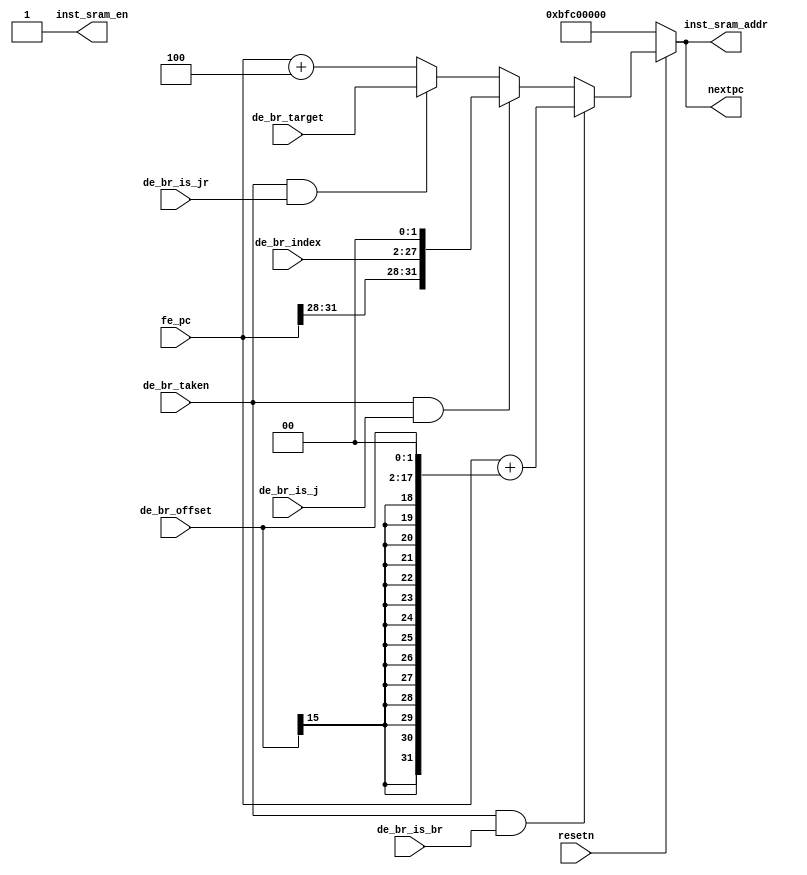
/*------------------------------------------------------------------------------
--------------------------------------------------------------------------------
Copyright (c) 2016, Loongson Technology Corporation Limited.

All rights reserved.

Redistribution and use in source and binary forms, with or without modification,
are permitted provided that the following conditions are met:

1. Redistributions of source code must retain the above copyright notice, this 
list of conditions and the following disclaimer.

2. Redistributions in binary form must reproduce the above copyright notice, 
this list of conditions and the following disclaimer in the documentation and/or
other materials provided with the distribution.

3. Neither the name of Loongson Technology Corporation Limited nor the names of 
its contributors may be used to endorse or promote products derived from this 
software without specific prior written permission.

THIS SOFTWARE IS PROVIDED BY THE COPYRIGHT HOLDERS AND CONTRIBUTORS "AS IS" AND 
ANY EXPRESS OR IMPLIED WARRANTIES, INCLUDING, BUT NOT LIMITED TO, THE IMPLIED 
WARRANTIES OF MERCHANTABILITY AND FITNESS FOR A PARTICULAR PURPOSE ARE 
DISCLAIMED. IN NO EVENT SHALL LOONGSON TECHNOLOGY CORPORATION LIMITED BE LIABLE
TO ANY PARTY FOR DIRECT, INDIRECT, INCIDENTAL, SPECIAL, EXEMPLARY, OR 
CONSEQUENTIAL DAMAGES (INCLUDING, BUT NOT LIMITED TO, PROCUREMENT OF SUBSTITUTE 
GOODS OR SERVICES; LOSS OF USE, DATA, OR PROFITS; OR BUSINESS INTERRUPTION) 
HOWEVER CAUSED AND ON ANY THEORY OF LIABILITY, WHETHER IN CONTRACT, STRICT 
LIABILITY, OR TORT (INCLUDING NEGLIGENCE OR OTHERWISE) ARISING IN ANY WAY OUT OF
THE USE OF THIS SOFTWARE, EVEN IF ADVISED OF THE POSSIBILITY OF SUCH DAMAGE.
--------------------------------------------------------------------------------
------------------------------------------------------------------------------*/


module nextpc_gen(
    input  wire        resetn,

    input  wire [31:0] fe_pc,

    input  wire        de_br_taken,     //1: branch taken, go to the branch target
    input  wire        de_br_is_br,     //1: target is PC+offset
    input  wire        de_br_is_j,      //1: target is PC||offset
    input  wire        de_br_is_jr,     //1: target is GR value
    input  wire [15:0] de_br_offset,    //offset for type "br"
    input  wire [25:0] de_br_index,     //instr_index for type "j"
    input  wire [31:0] de_br_target,    //target for type "jr"

    output wire        inst_sram_en,
    output wire [31:0] inst_sram_addr,

    output wire [31:0] nextpc
);
/* nextPC */
//wire [31:0] PC4;
//assign PC4 = fe_pc + 4;
wire [31:0] sign_ex_left;
assign sign_ex_left = {{14{de_br_offset[15]}},de_br_offset,2'b00};

assign inst_sram_en   = 1;
assign inst_sram_addr = nextpc;

assign nextpc         = (
                        (!resetn)?32'hbfc00000:
                        (de_br_taken & de_br_is_br)?fe_pc + sign_ex_left:// + {14{de_br_offset[15]},de_br_offset,2'b00}://beq bne
                        (de_br_taken & de_br_is_j)?{fe_pc[31:28],de_br_index,2'b00}: //j jal
                        (de_br_taken & de_br_is_jr)?de_br_target: //jr
                        fe_pc+4
                        );



endmodule //nextpc_gen